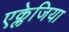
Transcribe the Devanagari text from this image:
एक्लेजिया